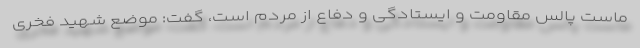
ماست پالس مقاومت و ایستادگی و دفاع از مردم است، گفت: موضع شهید فخری